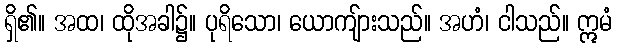
ရှိ၏။ အထ၊ ထိုအခါ၌။ ပုရိသော၊ ယောကျ်ားသည်။ အဟံ၊ ငါသည်။ ဣမံ